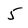
Character: 5